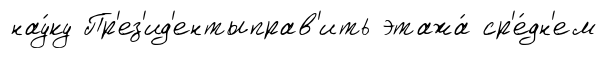
нау́ку Пр'ез'ид'ентыправ'ить этажа́ ср'е́дн'ем